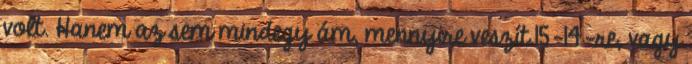
volt. Hanem az sem mindegy ám, mennyire veszít.15-14-re, vagy